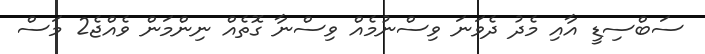
ސަބްސިޑީ އާއި މެދު ދެވަނަ ވިސްނުމެއް ވިސްނާ ގޮތެއް ނިންމަން ވެއްޖެ2 މަސް